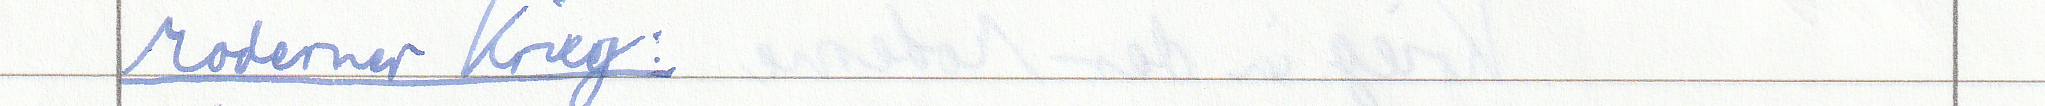
Moderner Krieg: